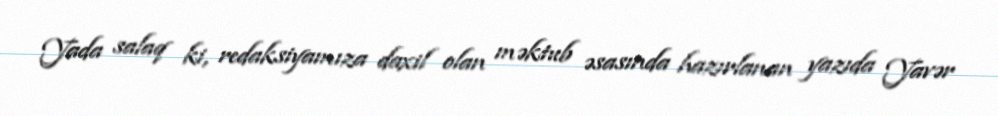
Yada salaq ki, redaksiyamıza daxil olan məktub əsasında hazırlanan yazıda Yavər